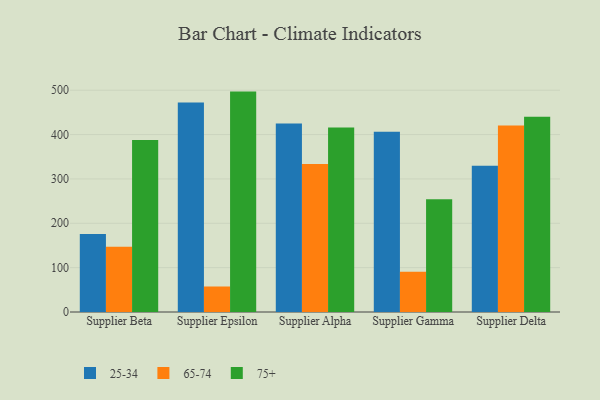
{"axis": {"x": "Supplier", "y": "Latency (ms)"}, "legend": ["25-34", "65-74", "75+"], "data": [{"x": "Supplier Beta", "y": 175.9, "type": "25-34"}, {"x": "Supplier Beta", "y": 147.0, "type": "65-74"}, {"x": "Supplier Beta", "y": 387.6, "type": "75+"}, {"x": "Supplier Epsilon", "y": 472.5, "type": "25-34"}, {"x": "Supplier Epsilon", "y": 57.5, "type": "65-74"}, {"x": "Supplier Epsilon", "y": 496.9, "type": "75+"}, {"x": "Supplier Alpha", "y": 425.2, "type": "25-34"}, {"x": "Supplier Alpha", "y": 333.6, "type": "65-74"}, {"x": "Supplier Alpha", "y": 416.1, "type": "75+"}, {"x": "Supplier Gamma", "y": 406.4, "type": "25-34"}, {"x": "Supplier Gamma", "y": 90.7, "type": "65-74"}, {"x": "Supplier Gamma", "y": 254.2, "type": "75+"}, {"x": "Supplier Delta", "y": 329.6, "type": "25-34"}, {"x": "Supplier Delta", "y": 420.2, "type": "65-74"}, {"x": "Supplier Delta", "y": 440.4, "type": "75+"}]}